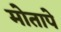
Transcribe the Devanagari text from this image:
मोतापे